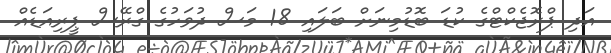
އަދި ޕްރޮޖެކްޓްގެ ކުޑަ ބޮޑުމިނަށް ބަލައި 18 މަސް ދުވަހުގެ ގްރޭސް ޕީރިއަޑެއް